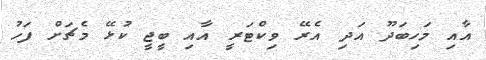
އާއި މަހިބަދޫ އަދި އެރޭ ވިކްޓަރީ އާއި ބީޖީ ކުޅޭ މެޗަށް ފަހު